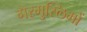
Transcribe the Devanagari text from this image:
गैरमुस्लिमों